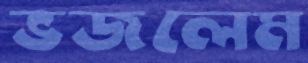
ভজলেম